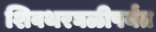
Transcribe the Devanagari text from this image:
शिवथरघळीपर्यंत